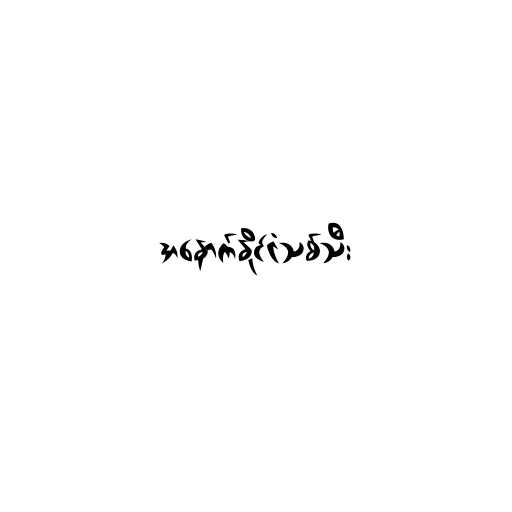
အနောက်နိုင်ငံသစ်သီး